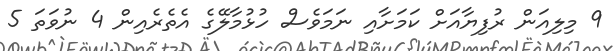
9 މިލިއަން ރުފިޔާއަށް ކަމަށާއި ނަމަވެސް ހުޅުމާލޭގެ އެތެރެއިން 4 ނުވަތަ 5